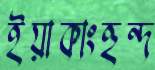
ইয়াকাংহুন্দ